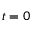
t = 0